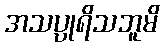
အသပ္ပုရိသဘူမိ